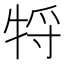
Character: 㸹